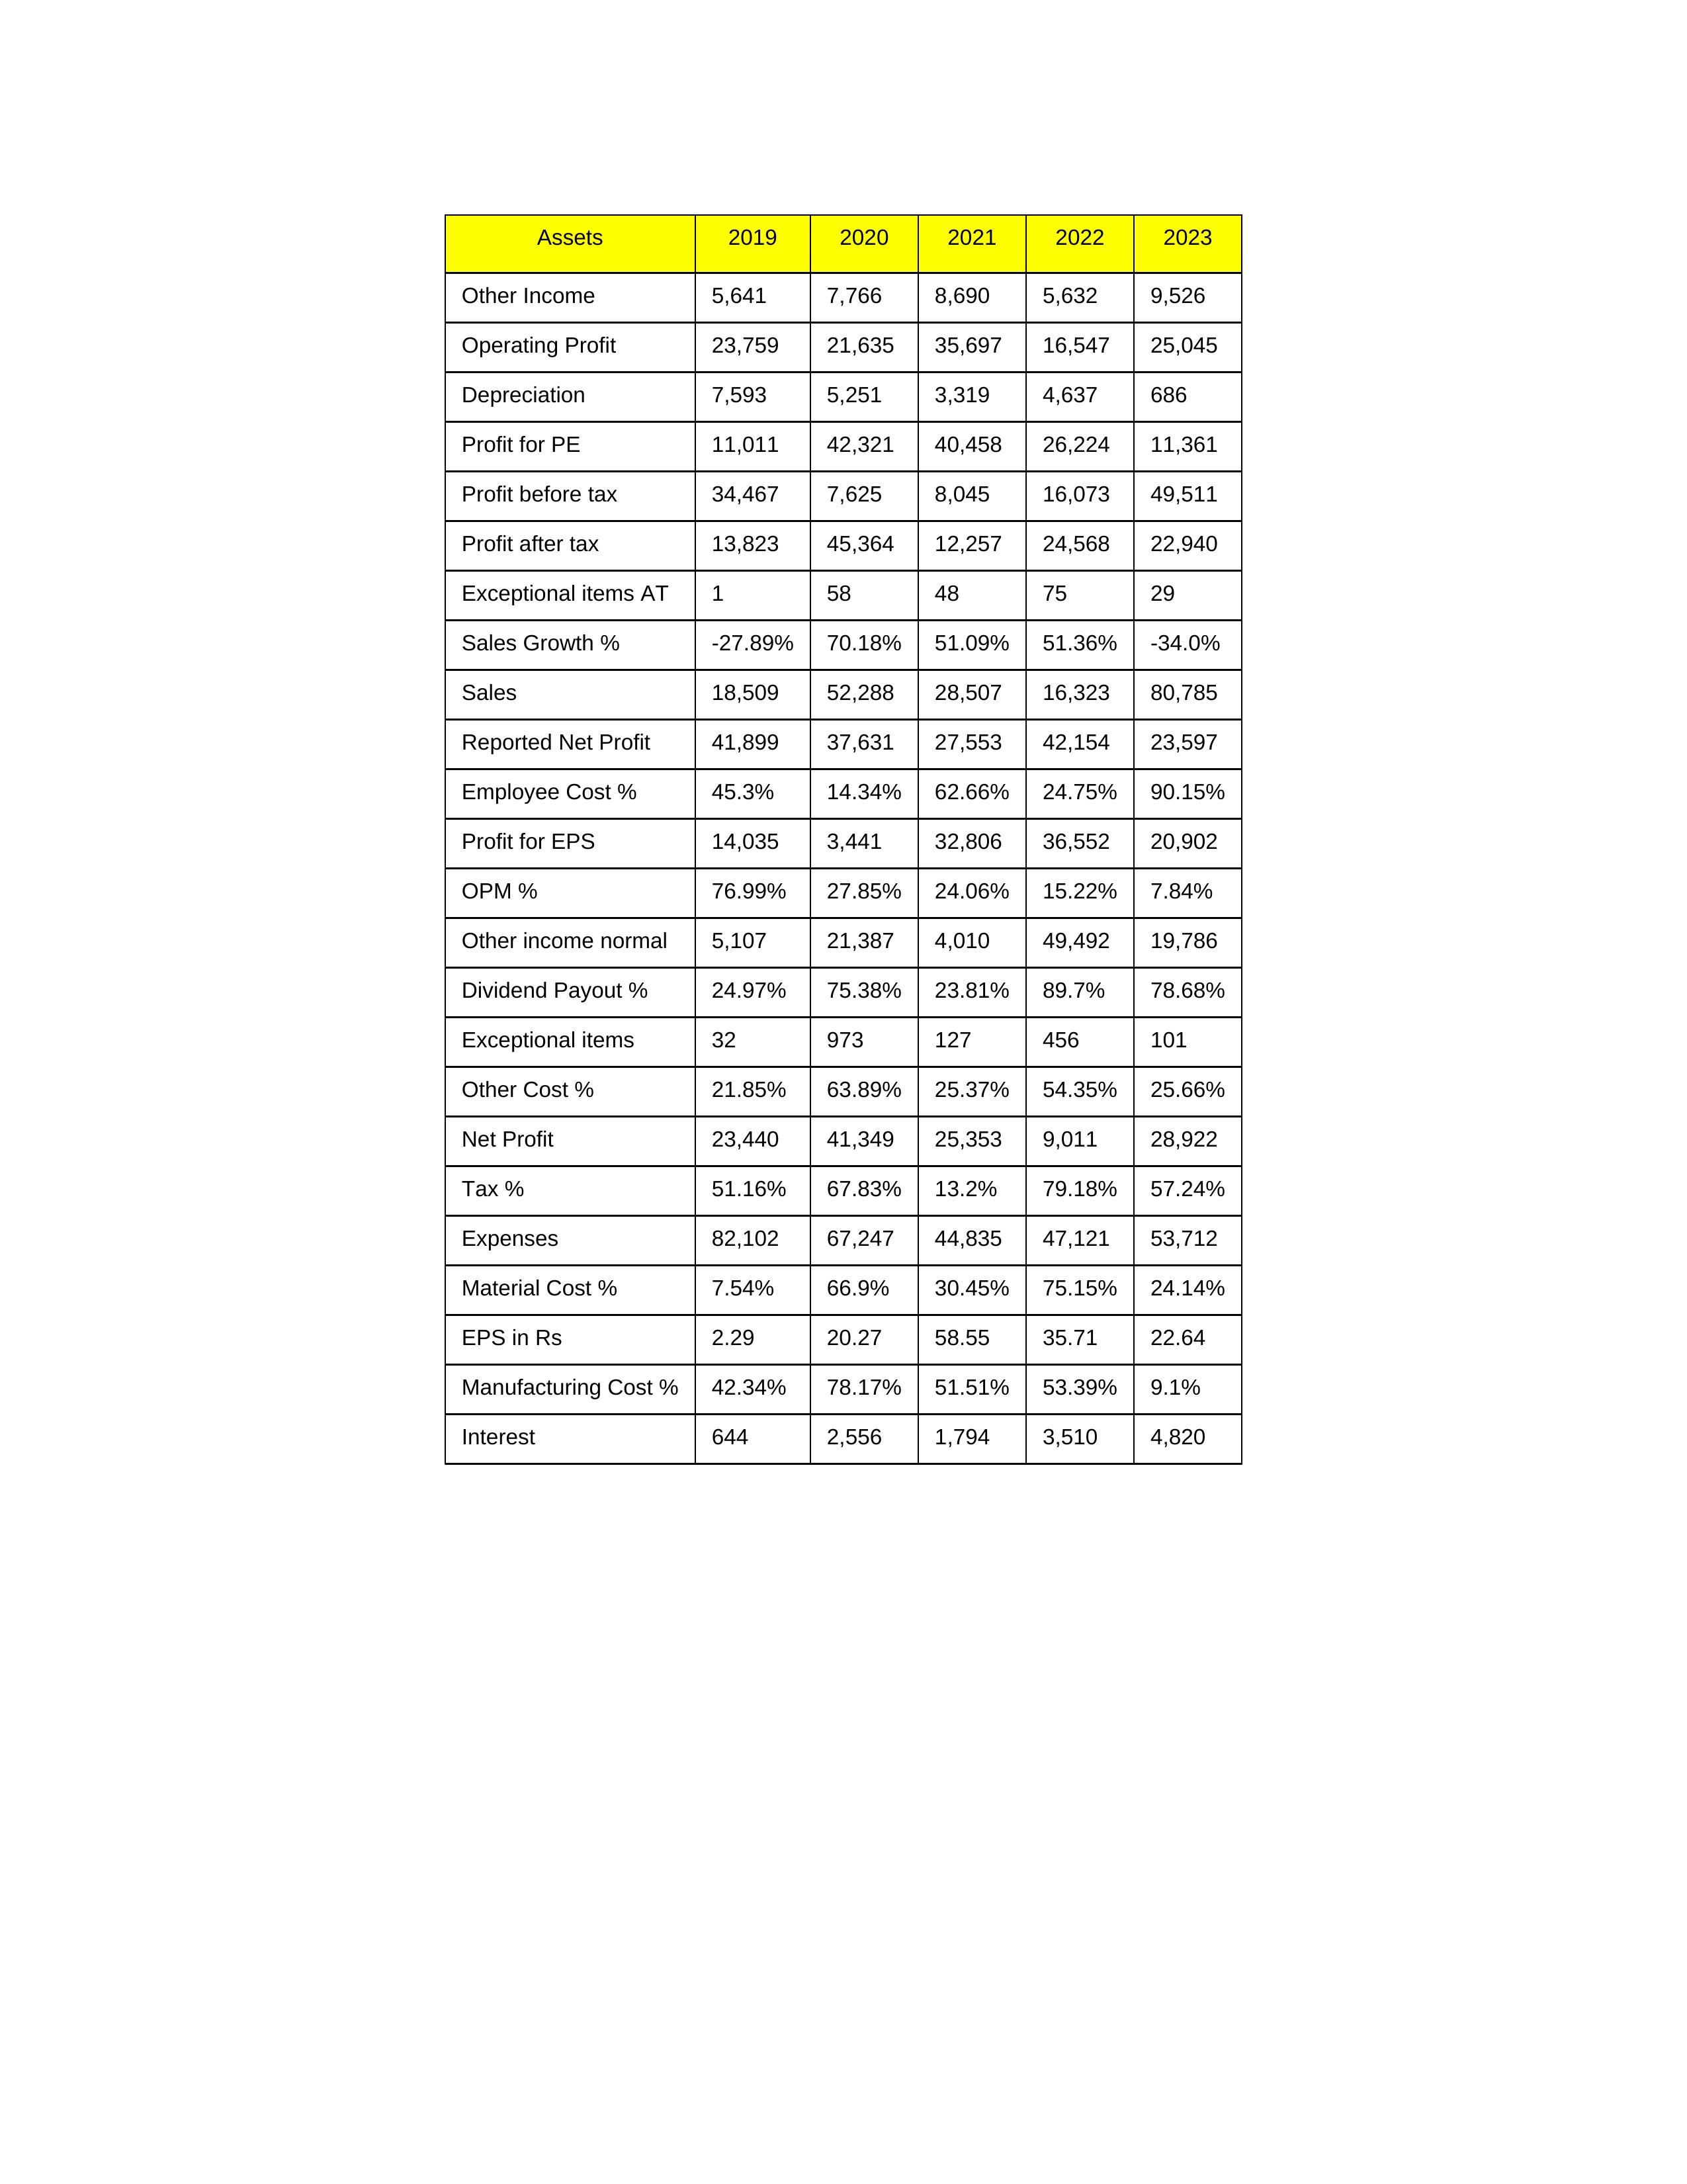
gt_parse: 2019: Sales: 18,509
Sales Growth %: -27.89%
Expenses: 82,102
Material Cost %: 7.54%
Manufacturing Cost %: 42.34%
Employee Cost %: 45.3%
Other Cost %: 21.85%
Operating Profit: 23,759
OPM %: 76.99%
Other Income: 5,641
Exceptional items: 32
Other income normal: 5,107
Interest: 644
Depreciation: 7,593
Profit before tax: 34,467
Tax %: 51.16%
Net Profit: 23,440
Profit after tax: 13,823
Reported Net Profit: 41,899
Profit for EPS: 14,035
Exceptional items AT: 1
Profit for PE: 11,011
EPS in Rs: 2.29
Dividend Payout %: 24.97%
2020: Sales: 52,288
Sales Growth %: 70.18%
Expenses: 67,247
Material Cost %: 66.9%
Manufacturing Cost %: 78.17%
Employee Cost %: 14.34%
Other Cost %: 63.89%
Operating Profit: 21,635
OPM %: 27.85%
Other Income: 7,766
Exceptional items: 973
Other income normal: 21,387
Interest: 2,556
Depreciation: 5,251
Profit before tax: 7,625
Tax %: 67.83%
Net Profit: 41,349
Profit after tax: 45,364
Reported Net Profit: 37,631
Profit for EPS: 3,441
Exceptional items AT: 58
Profit for PE: 42,321
EPS in Rs: 20.27
Dividend Payout %: 75.38%
2021: Sales: 28,507
Sales Growth %: 51.09%
Expenses: 44,835
Material Cost %: 30.45%
Manufacturing Cost %: 51.51%
Employee Cost %: 62.66%
Other Cost %: 25.37%
Operating Profit: 35,697
OPM %: 24.06%
Other Income: 8,690
Exceptional items: 127
Other income normal: 4,010
Interest: 1,794
Depreciation: 3,319
Profit before tax: 8,045
Tax %: 13.2%
Net Profit: 25,353
Profit after tax: 12,257
Reported Net Profit: 27,553
Profit for EPS: 32,806
Exceptional items AT: 48
Profit for PE: 40,458
EPS in Rs: 58.55
Dividend Payout %: 23.81%
2022: Sales: 16,323
Sales Growth %: 51.36%
Expenses: 47,121
Material Cost %: 75.15%
Manufacturing Cost %: 53.39%
Employee Cost %: 24.75%
Other Cost %: 54.35%
Operating Profit: 16,547
OPM %: 15.22%
Other Income: 5,632
Exceptional items: 456
Other income normal: 49,492
Interest: 3,510
Depreciation: 4,637
Profit before tax: 16,073
Tax %: 79.18%
Net Profit: 9,011
Profit after tax: 24,568
Reported Net Profit: 42,154
Profit for EPS: 36,552
Exceptional items AT: 75
Profit for PE: 26,224
EPS in Rs: 35.71
Dividend Payout %: 89.7%
2023: Sales: 80,785
Sales Growth %: -34.0%
Expenses: 53,712
Material Cost %: 24.14%
Manufacturing Cost %: 9.1%
Employee Cost %: 90.15%
Other Cost %: 25.66%
Operating Profit: 25,045
OPM %: 7.84%
Other Income: 9,526
Exceptional items: 101
Other income normal: 19,786
Interest: 4,820
Depreciation: 686
Profit before tax: 49,511
Tax %: 57.24%
Net Profit: 28,922
Profit after tax: 22,940
Reported Net Profit: 23,597
Profit for EPS: 20,902
Exceptional items AT: 29
Profit for PE: 11,361
EPS in Rs: 22.64
Dividend Payout %: 78.68%